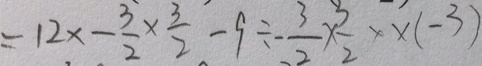
= 1 2 \times - \frac { 3 } { 2 } \times \frac { 3 } { 2 } - 9 \div - \frac { 3 } { 2 } \times \frac { 3 } { 2 } \times \times ( - 3 )